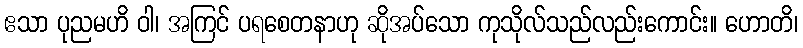
ဧသာ ပုညမဟိ ဝါ၊ အကြင် ပရစေတနာဟု ဆိုအပ်သော ကုသိုလ်သည်လည်းကောင်း။ ဟောတိ၊